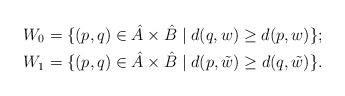
LaTeX: \begin{align*}&W_0 =\{ (p,q) \in \hat A\times \hat B \mid d(q, w) \geq d(p,w) \};\\&W_1 =\{ (p,q) \in \hat A\times \hat B \mid d(p, \tilde{w}) \geq d(q,\tilde{w}) \}.\end{align*}